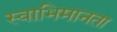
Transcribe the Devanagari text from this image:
स्वाभिमानता